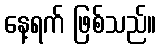
နေ့ရက် ဖြစ်သည်။